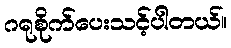
ဂရုစိုက်ပေးသင့်ပါတယ်။